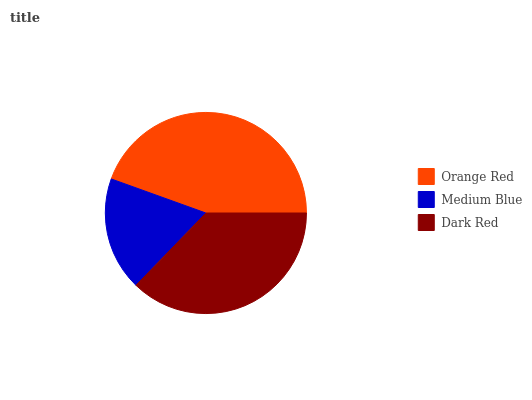
| Orange Red | Medium Blue | Dark Red |
 | --- | --- | --- |
 | 44.5% | 18.3% | 37.2% |